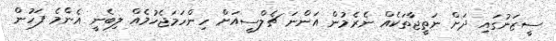
ސީޒަނުގައި ދަށް ނަތީޖާތަކެއް ނެރެމުން އަންނަ ޗެލްސީއަށް ހިންހަމަޖެހުމެއް ލިބެނީ އެންމެ ފަހުން